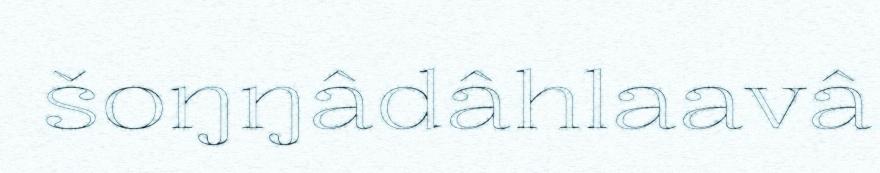
šoŋŋâdâhlaavâ